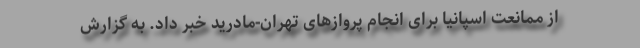
از ممانعت اسپانیا برای انجام پروازهای تهران-مادرید خبر داد. به گزارش